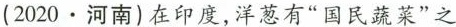
(2020·河南)在印度，洋葱有”国民蔬菜”之称。